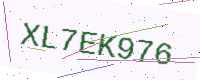
Text: XL7EK976